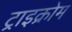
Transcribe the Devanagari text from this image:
ट्राइक्रोम